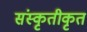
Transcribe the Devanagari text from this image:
संस्कृतीकृत